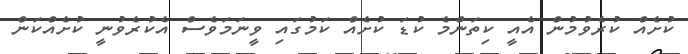
ކުށެއް ކުރެވުމުން އެއީ ކިތަންމެ ކުޑަ ކުށެއް ކަމުގައި ވީނަމަވެސް އެކުރެވުނީ ކުށެއްކަން